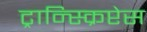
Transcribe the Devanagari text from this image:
ट्रान्स्क्रिप्टेस